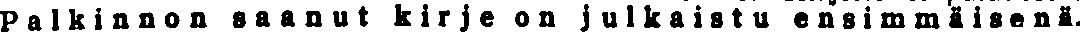
Palkinnon saanut kirje on julkaistu ensimmäisenä.